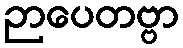
ဉာပေတဗ္ဗာ